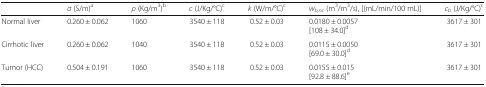
|  | σ (S/m)a | ρ (Kg/m3)b | c (J/Kg/°C)c | k (W/m/°C)c | wb,nc (m3/m3/s), [(mL/min/100 mL)] | cb (J/Kg/°C)c |
 | --- | --- | --- | --- | --- | --- | --- |
 | Normal liver | 0.260 ± 0.062 | 1060 | 3540 ± 118 | 0.52 ± 0.03 | 0.0180 ± 0.0057[108 ± 34.0]d | 3617 ± 301 |
 | Cirrhotic liver | 0.260 ± 0.062 | 1040 | 3540 ± 118 | 0.52 ± 0.03 | 0.0115 ± 0.0050[69.0 ± 30.0]d | 3617 ± 301 |
 | Tumor (HCC) | 0.504 ± 0.191 | 1060 | 3540 ± 118 | 0.52 ± 0.03 | 0.0155 ± 0.015[92.8 ± 88.6]e | 3617 ± 301 |